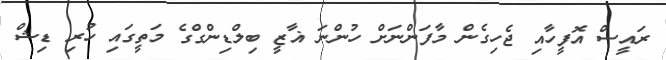
ރައީސް އޮފީހާއި ޖެހިގެން މާފަންނަށް ހުންނަ ޣާޒީ ބިލްޑިންގްގެ މަތީގައި ހުރި ޑިޝް